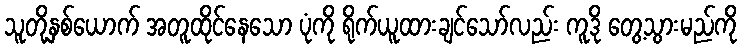
သူတို့နှစ်ယောက် အတူထိုင်နေသော ပုံကို ရိုက်ယူထားချင်သော်လည်း ကူဒို တွေ့သွားမည်ကို